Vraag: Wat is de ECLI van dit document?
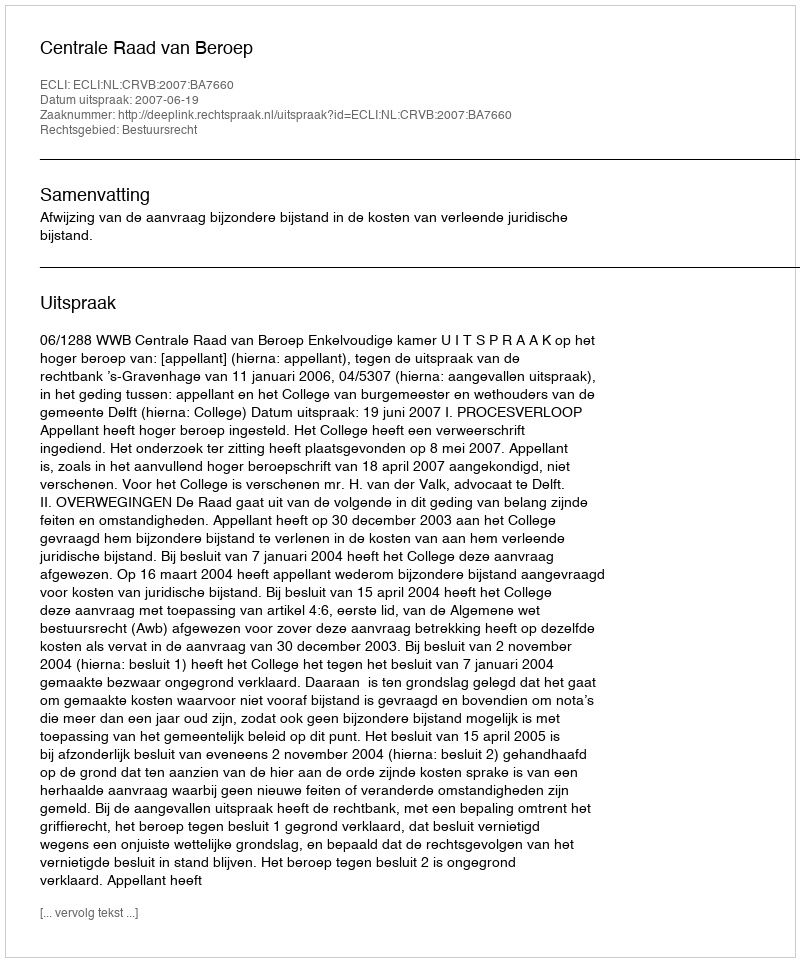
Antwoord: ECLI:NL:CRVB:2007:BA7660